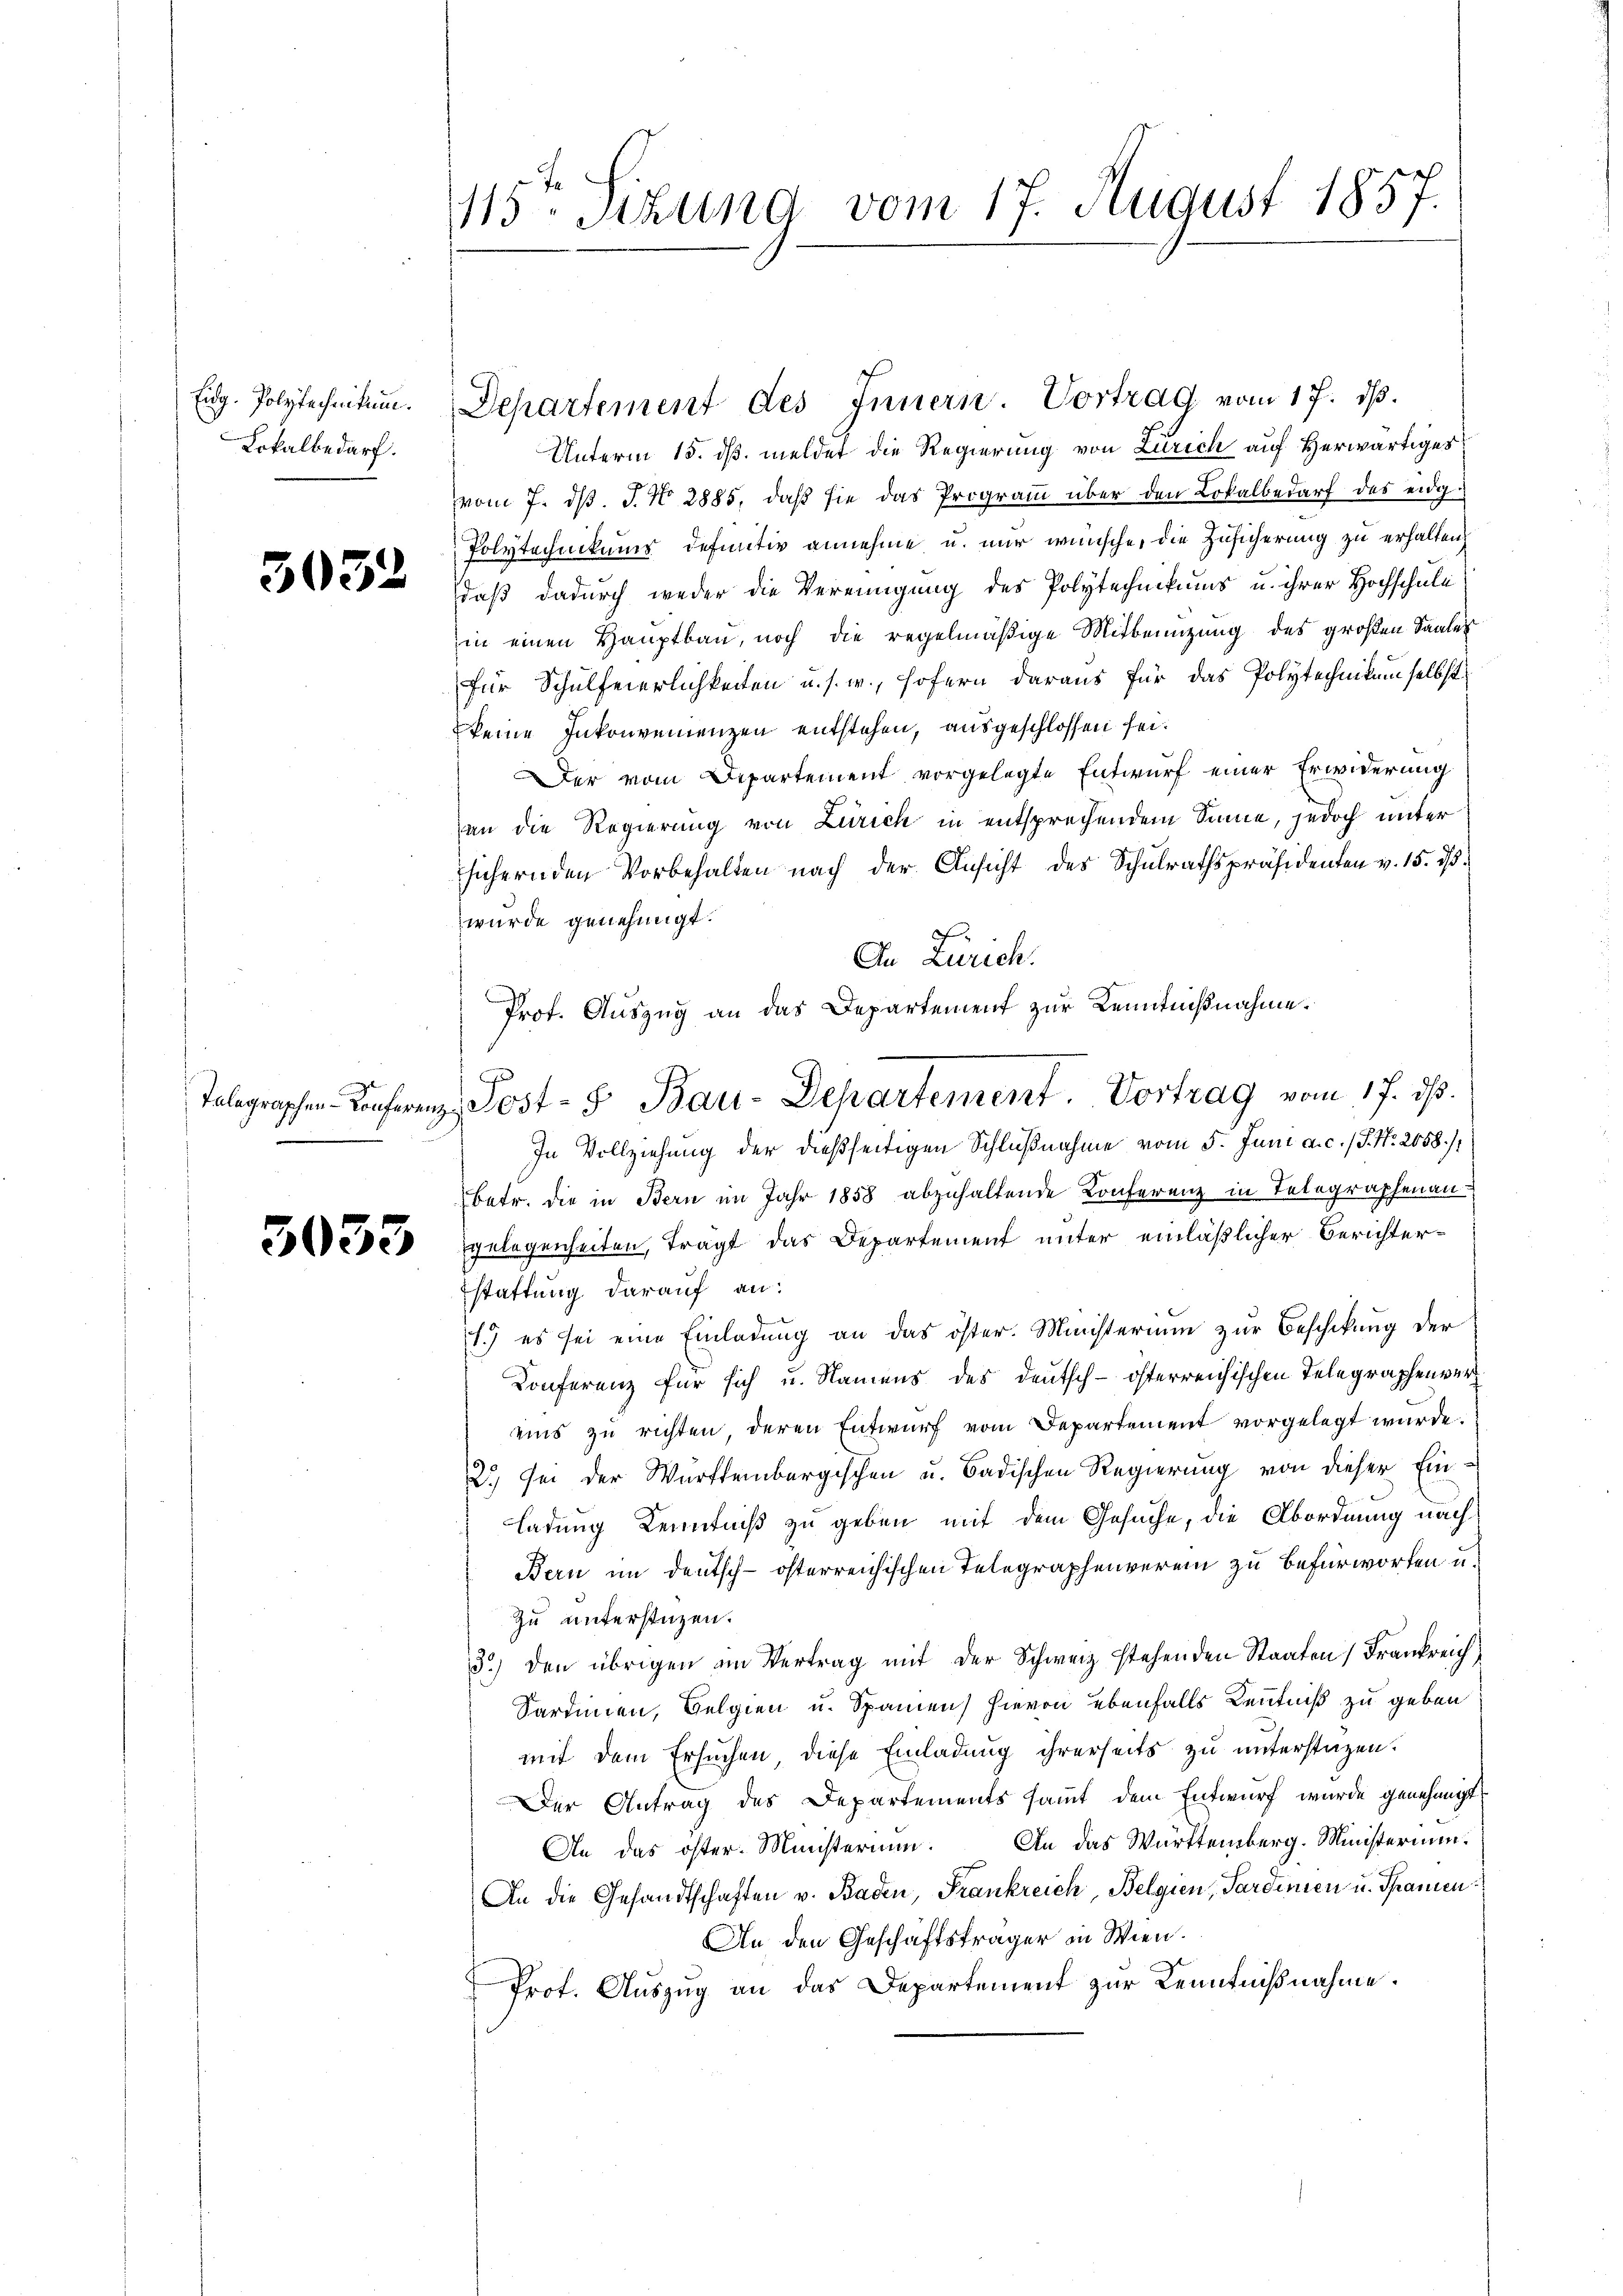
Eidg. Polytechnikum.
Lokalbedarf.

3052

3033

115ten Sitzung vom 17. August 1857.

Unterm 15. dß. meldet die Regierung von Zürich auf Herwärtiges
vom 7. d. J. No. 2885, daß sie das Programm über den Lokalbedarf des eidg¬
Polytechnikums definitiv annehme u. mir wünsche, die Zusicherung zu erhalten,
daß dadurch weder die Vereinigung des Polytechnikums u. ihrer Hochschule
in einen Hauptbau, noch die regelmäßige Mitbenutzung des großen Saales
für Schulfeierlichkeiten u. s. w., sofern daraus für das Polytechnikum selbst
keine Inkonvenienzen entstehen, ausgeschlossen sei.
Der vom Departement vorgelegte Entwurf einer Erwiderung
an die Regierung von Zürich in entsprechendem Sinne, jedoch unter
sichernden Vorbehalten nach der Ansicht des Schulrathspräsidenten v. 15. d.
wurde genehmigt.
In Zürich.
In Vollziehung der dießseitigen Schlußnahme vom 5. Juni a. c. 1 S. Nr. 2058./
betr. die in Bern im Jahr 1858 abzuhaltende Konferenz in Telegraphenangelegenheiten, tragt das Departement unter einläßlicher Berichterstattung darauf an:
1.) es sei eine Einladung an das öster. Ministerium zur Beschikung der
Konferenz für sich u. Namens des Deutsch-österreichischen Telegraphenvereins zu richten, deren Entwurf vom Departement vorgelegt wurde.
2.) Sei der Württembergischen u. badischen Regierung von dieser Einladung Kenntniß zu geben mit dem Gesuche, die Abordnung nach
Bern im Deutsch-österreichischen Telegraphenverein zu befürworfen u.
zu unterstüzen.
3) den übrigen im Vertrag mit der Schweiz stehenden Staaten Frankreich
Sardinien, Belgien u. Spanien) hievon ebenfalls Kenntniß zu geben
mit dem Ersuchen, diese Einladung ihrerseits zu unterstaten.
Der Antrag des Departements sammt dem Entwurf wurde genehmigt.
An das öster. Ministerium. An das Württemberg. Ministerium.
An die Gesandtschaften v. Baden, Frankreich, Belgien, Sardinien u. Spanien¬
An den Geschäftsträger in Wien.
Prot. Auszug an das Departement zur Kenntnißnahme.

Departement des Innern. Vortrag vom 17. ds.

Prot. Auszug an das Departement zur Kenntnißnahme.
Telegraphen Conferenz Post- & Bau-Departement. Vortrag vom 17. ds.